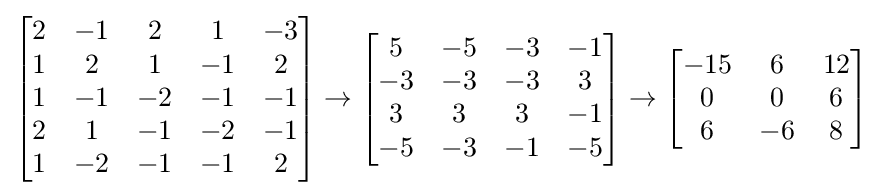
{\begin{bmatrix}2&-1&2&1&-3\\1&2&1&-1&2\\1&-1&-2&-1&-1\\2&1&-1&-2&-1\\1&-2&-1&-1&2\end{bmatrix}}\to {\begin{bmatrix}5&-5&-3&-1\\-3&-3&-3&3\\3&3&3&-1\\-5&-3&-1&-5\end{bmatrix}}\to {\begin{bmatrix}-15&6&12\\0&0&6\\6&-6&8\end{bmatrix}}